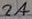
Text: 2A